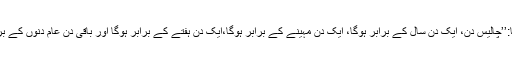
آپ نے فرمایا:’’چالیس دن، ایک دن سال کے برابر ہوگا، ایک دن مہینے کے برابر ہوگا،ایک دن ہفتے کے برابر ہوگا اور باقی دن عام دنوں کے برابر ہوں گے۔